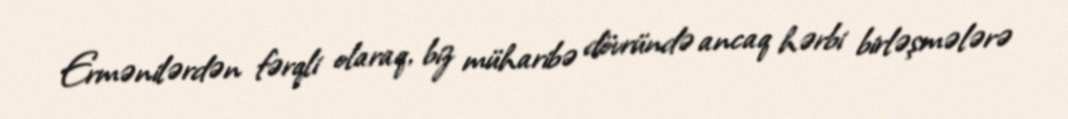
Ermənilərdən fərqli olaraq, biz müharibə dövründə ancaq hərbi birləşmələrə